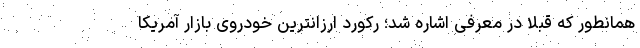
همانطور که قبلا در معرفی اشاره شد؛ رکورد ارزانترین خودروی بازار آمریکا